Mental hospitals Bombay report 1929-33 - 1929-1933
Year: 1929
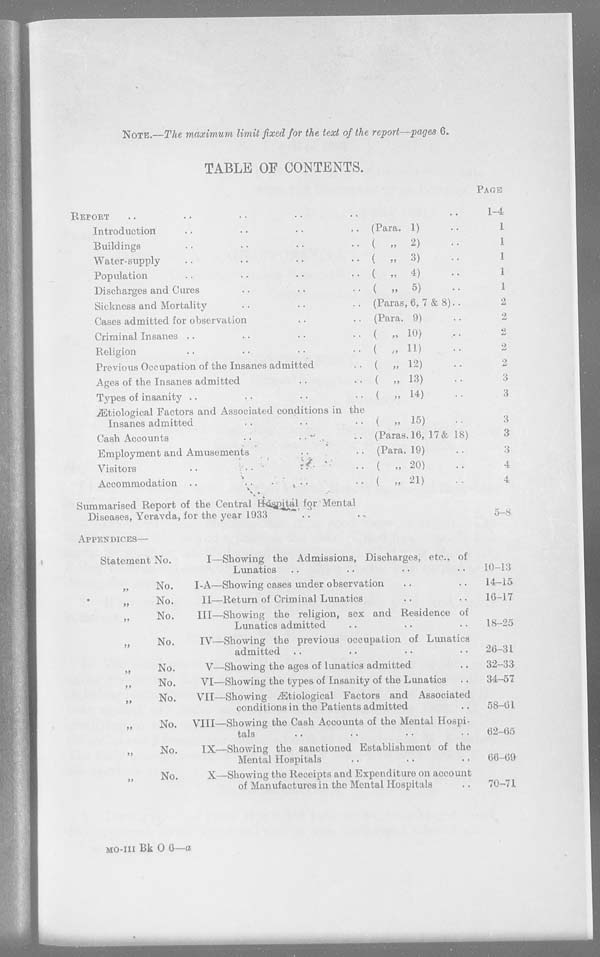
NOTE.—The maximum limit fixed for the text of the report—pages 6.
TABLE OF CONTENTS.
REPORT .. .. .. .. ..
Introduction .. .. .. ..
Buildings .. .. .. ..
Water-supply .. .. .. ..
Population .. .. .. ..
Discharges and Cures .. .. .. ..
Sickness and Mortality .. .. .. ..
Cases admitted for observation .. ..
Criminal Insanes .. .. .. ..
Religion .. .. .. ..
Previous Occupation of the Insanes admitted ..
Ages of the Insanes admitted .. ..
Types of insanity .. .. .. ..
Ætiological Factors and Associated conditions in the
Insanes admitted .. .. ..
Cash Accounts .. .. ..
Employment and Amusements .. ..
Visitors .. .. .. ..
Accommodation .. .. .. ..
Summarised Report of the Central Hospital for Mental
Diseases, Yeravda, for the year 1933 .. ..
..
(Para. 1)
(
„
2)
(
„
3)
( „ 4)
(
„
5)
(Paras, 6, 7 & 8). .
(Para. 9)
(
„ 10)
( „ 11)
(
„ 12)
(
„ 13)
(
„ 14)
(
„ 15)
(Paras. 16, 17 & 18)
(Para. 19)
(
„ 20)
(„
21
)
PAGE
1-4
1
1
1
1
1
2
2
2
2
2
3
3
3
3
3
4
4
5-8
APPENDICES—
Statement No.
„ No.
„
No.
„ No.
„ No.
„ No.
„ No.
„ No.
„ No.
„ No.
„ No.
I—
I-A—
II—
III—
IV—
V—
VI—
VII—
VIII—
IX—
X—
Showing the Admissions, Discharges, etc., of
Lunatics .. .. .. ..
Showing cases under observation .. ..
Return of Criminal Lunatics .. ..
Showing the religion, sex and Residence of
Lunatics admitted .. .. ..
Showing the previous occupation of Lunatics
admitted .. .. .. ..
Showing the ages of lunatics admitted ..
Showing the types of Insanity of the Lunatics ..
Showing Ætiological Factors and Associated
conditions in the Patients admitted ..
Showing the Cash Accounts of the Mental Hospi-
tals .. .. .. ..
Showing the sanctioned Establishment of the
Mental Hospitals .. .. ..
Showing the Receipts and Expenditure on account
of Manufactures in the Mental Hospitals ..
10—13
14—15
16—17
18—25
20—31
32—33
34—57
58—61
62—65
66—69
70—71
MO-III Bk O 6— a